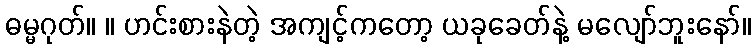
ဓမ္မဂုတ်။ ။ ဟင်းစားနဲတဲ့ အကျင့်ကတော့ ယခုခေတ်နဲ့ မလျော်ဘူးနော်။